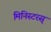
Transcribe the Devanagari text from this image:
मिनिस्टरस्